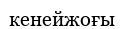
кенейжоғы